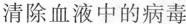
清除血液中的病毒